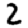
Digit: 2